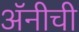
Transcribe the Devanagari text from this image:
अॅनीची